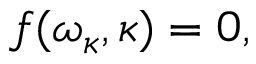
f ( \omega _ { \kappa } , \kappa ) = 0 ,